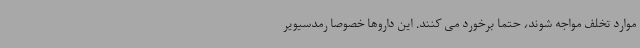
موارد تخلف مواجه شوند، حتما برخورد می کنند. این داروها خصوصا رمدسیویر